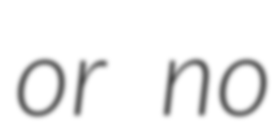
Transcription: or no